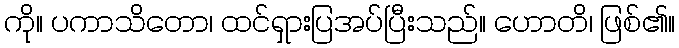
ကို။ ပကာသိတော၊ ထင်ရှားပြအပ်ပြီးသည်။ ဟောတိ၊ ဖြစ်၏။